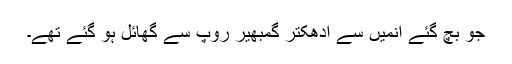
جو بچ گئے انمیں سے ادھکتر گمبھیر روپ سے گھائل ہو گئے تھے۔